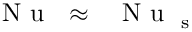
\mathrm { ~ \textit ~ { ~ N ~ u ~ } ~ } \approx \mathrm { ~ \textit ~ { ~ N ~ u ~ } ~ } _ { \mathrm s }